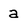
Character: a